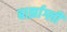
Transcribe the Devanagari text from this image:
बार्झाग्ली